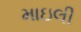
માઇલી